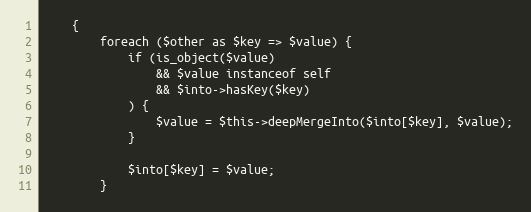
Language: PHP
    {
        foreach ($other as $key => $value) {
            if (is_object($value)
                && $value instanceof self
                && $into->hasKey($key)
            ) {
                $value = $this->deepMergeInto($into[$key], $value);
            }

            $into[$key] = $value;
        }